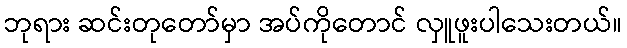
ဘုရား ဆင်းတုတော်မှာ အပ်ကိုတောင် လှူဖူးပါသေးတယ်။